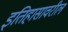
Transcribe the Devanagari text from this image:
इतिहासावरील